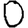
Digit: 0